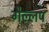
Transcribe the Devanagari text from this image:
गैल्लप